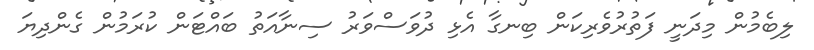
ލިބެމުން މިދަނީ ފަތުރުވެރިކަން ބިނގާ އެޅި ދުވަސްވަރު ސިނާއަތު ބައްޓަން ކުރަމުން ގެންދިޔަ